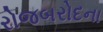
રોજબરોદના